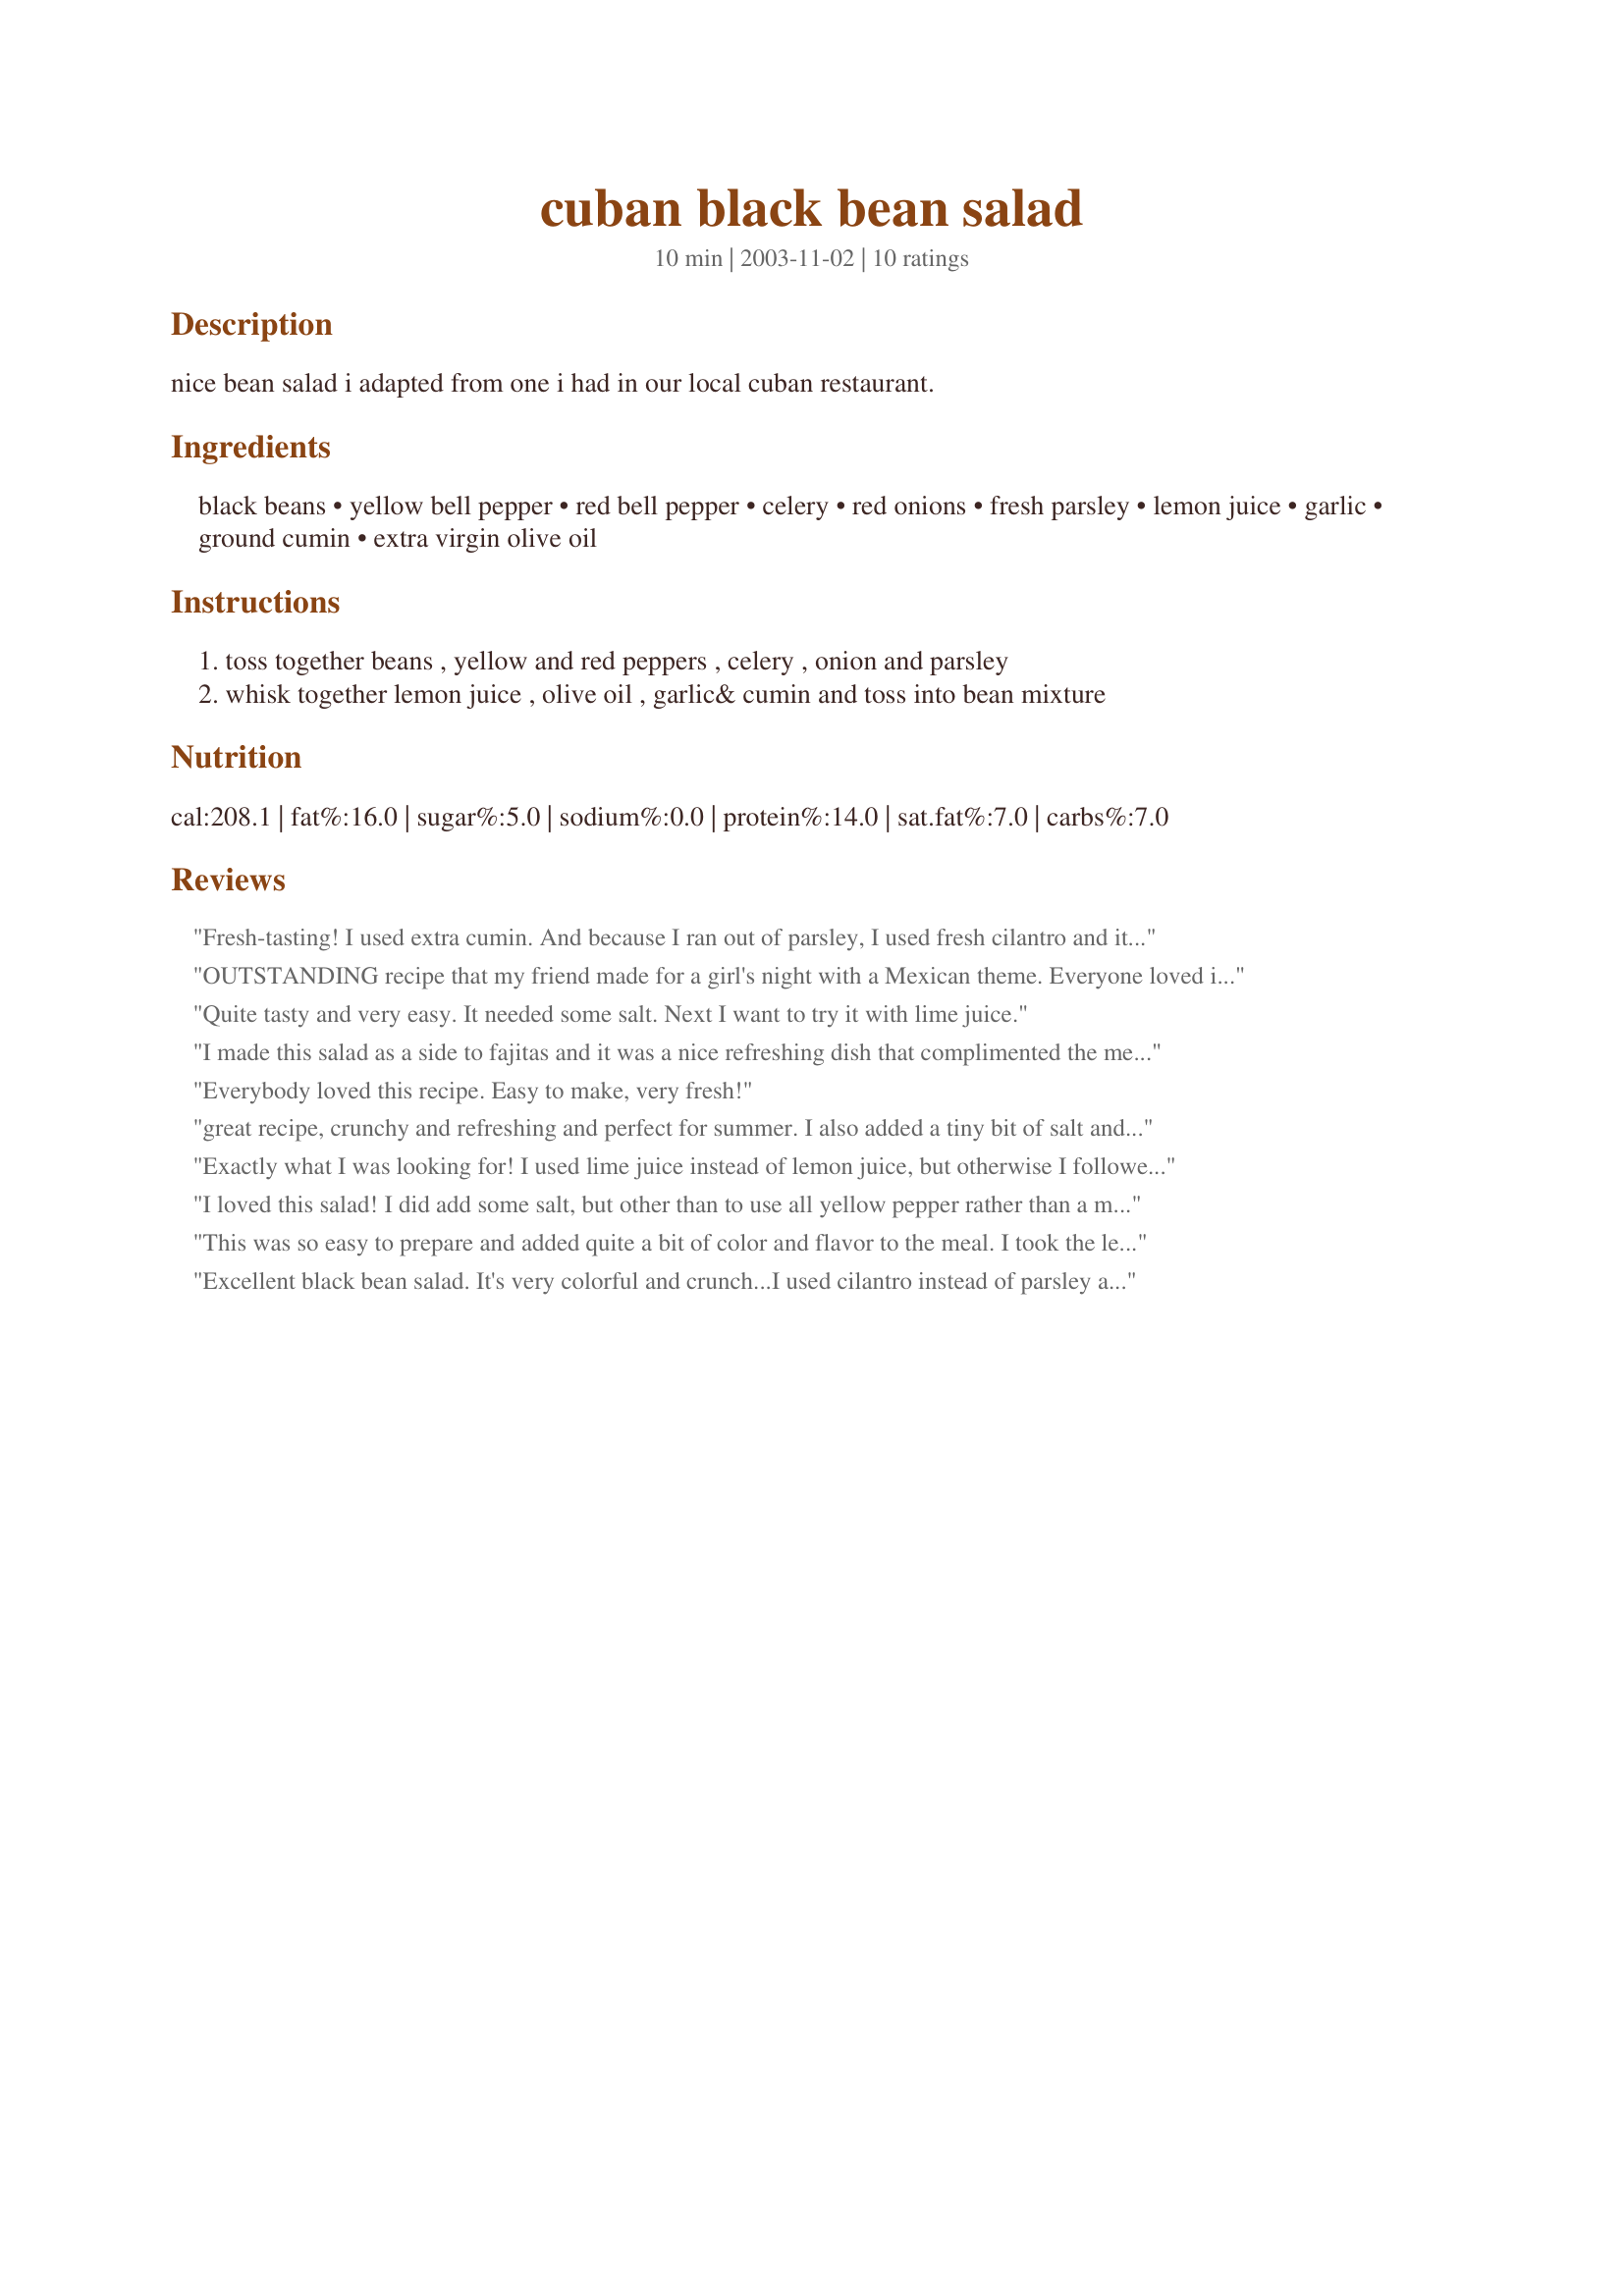
cuban black bean salad
Preparation time: 10 minutes

nice bean salad i adapted from one i had in our local cuban restaurant.

Ingredients:
black beans, yellow bell pepper, red bell pepper, celery, red onions, fresh parsley, lemon juice, garlic, ground cumin, extra virgin olive oil

Steps:
toss together beans , yellow and red peppers , celery , onion and parsley
whisk together lemon juice , olive oil , garlic& cumin and toss into bean mixture

Reviews:
Fresh-tasting! I used extra cumin. And because I ran out of parsley, I used fresh cilantro and it was wonderful. When plated, I plopped some sour cream on top. Nice recipe Vicki!
OUTSTANDING recipe that my friend made for a girl's night with a Mexican theme. Everyone loved it and demanded the recipe. And they were all thrilled to find out that this was a very healthy, low cal dish that could be turned into a great lunch, too.
Quite tasty and very easy. It needed some salt. Next I want to try it with lime juice.
I made this salad as a side to fajitas and it was a nice refreshing dish that complimented the meal. I couldn't help add a minced jalapeno for a little heat. Thank you Vicki for sharing the recipe.
Everybody loved this recipe. Easy to make, very fresh!
great recipe, crunchy and refreshing and perfect for summer. I also added a tiny bit of salt and some lime juice.
thanks!
Exactly what I was looking for! I used lime juice instead of lemon juice, but otherwise I followed the recipe exactly. We ate this salad with some flank steak and grilled veggies, and it was delicious. The cumin is PERFECT and gives this salad its "kick". My parents and sister were raving about this salad, they said I should definitely make this every time we grill out. I could do that, since the ingredients are pretty easy to keep on hand. Yummmmm!
I loved this salad! I did add some salt, but other than to use all yellow pepper rather than a mixture of yellow and red, I followed the recipe as written.
This was so easy to prepare and added quite a bit of color and flavor to the meal. I took the leftover corn from dinner and tossed it into the salad for lunch today - early tastings tell me it will be quite good. Bet lime would also work well instead of the lemon.
Excellent black bean salad. It's very colorful and crunch...I used cilantro instead of parsley and also added a little less than a teaspoon of sea salt. Nice flavor - went quite well with grilled chicken. Thanks Vicki for posting this recipe!
